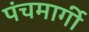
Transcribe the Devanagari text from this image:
पंचमार्गी